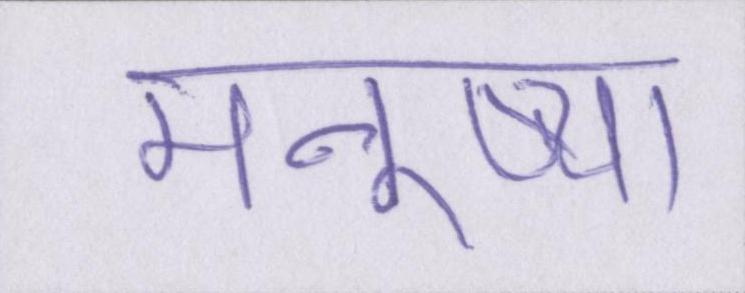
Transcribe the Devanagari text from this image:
मनुष्यों